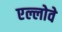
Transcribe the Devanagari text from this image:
एल्लोवे